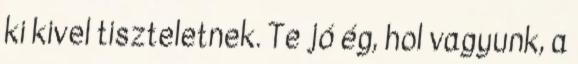
ki kivel tiszteletnek. Te jó ég, hol vagyunk, a